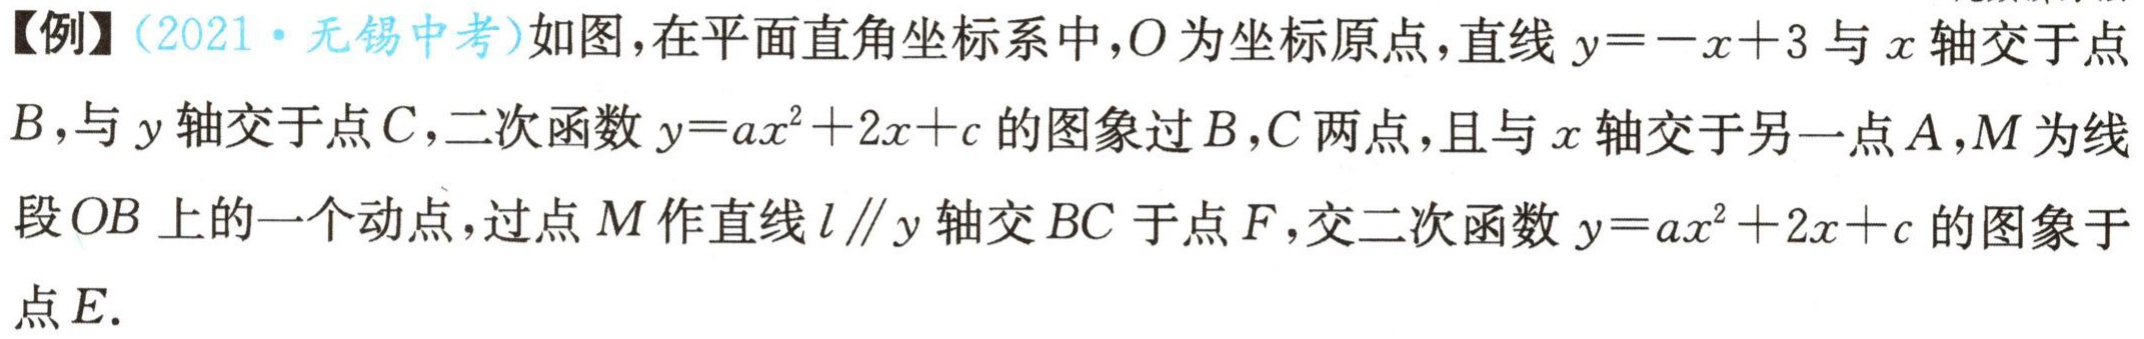
【例】(2021·无锡中考)如图，在平面直角坐标系中，\(O\)为坐标原点，直线\(y = -x + 3\)与\(x\)轴交于点\(B\)，与\(y\)轴交于点\(C\)，二次函数\(y = ax^{2}+2x + c\)的图象过\(B\)，\(C\)两点，且与\(x\)轴交于另一点\(A\)，\(M\)为线段\(OB\)上的一个动点，过点\(M\)作直线\(l\parallel y\)轴交\(BC\)于点\(F\)，交二次函数\(y = ax^{2}+2x + c\)的图象于点\(E\)。